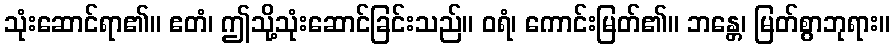
သုံးဆောင်ရာ၏။ ဧတံ၊ ဤသို့သုံးဆောင်ခြင်းသည်။ ဝရံ၊ ကောင်းမြတ်၏။ ဘန္တေ၊ မြတ်စွာဘုရား။